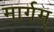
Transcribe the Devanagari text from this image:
मार्गम्